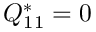
Q _ { 1 1 } ^ { * } = 0